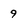
Character: 9